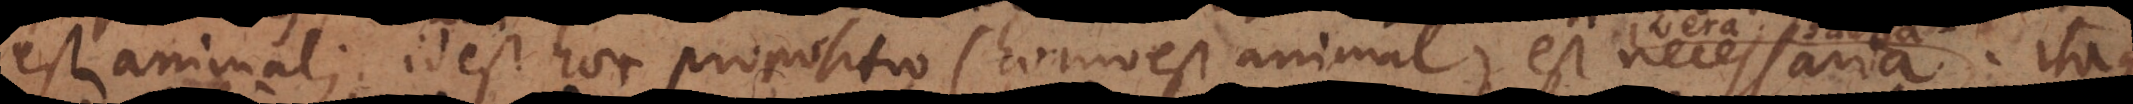
est animal; id est haec propositio (homo est animal) est necessaria, Itaque